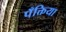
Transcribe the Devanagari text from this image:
पँक्तिया